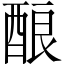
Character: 酿